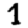
Digit: 1